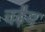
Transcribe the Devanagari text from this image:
चढ़ैय